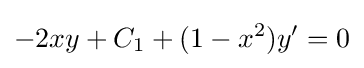
-2xy+C_{1}+(1-x^{2})y'=0